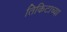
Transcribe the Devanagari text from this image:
तिकिटाच्या